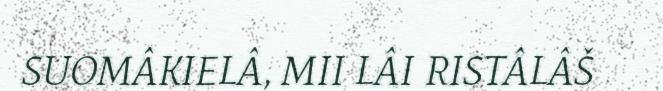
SUOMÂKIELÂ, MII LÂI RISTÂLÂŠ